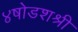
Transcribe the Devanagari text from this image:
४षोडशश्री